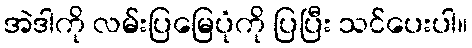
အဲဒါကို လမ်းပြမြေပုံကို ပြပြီး သင်ပေးပါ။